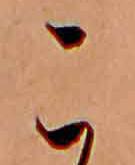
こ